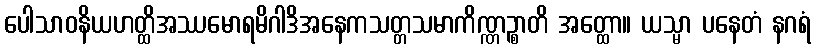
ပေါသာဝနိယဟတ္ထိအဿမောရမိဂါဒိအနေကသတ္တသမာကိဏ္ဏဉ္စာတိ အတ္ထော။ ယသ္မာ ပနေတံ နဂရံ